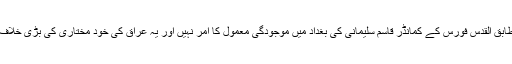
شنکر کے مطابق القدس فورس کے کمانڈر قاسم سلیمانی کی بغداد میں موجودگی معمول کا امر نہیں اور یہ عراق کی خود مختاری کی بڑی خلاف ورزی ہے"۔